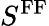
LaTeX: S^{\mathrm{FF}}